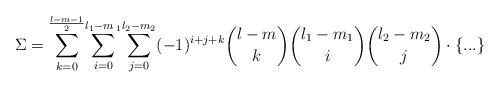
LaTeX: \begin{align*}\Sigma={\displaystyle\sum_{k=0}^{\frac{l-m-1}{2}}}{\displaystyle\sum_{i=0}^{l_{1}-m\,_{1}}}{\displaystyle\sum_{j=0}^{l_{2}-m_{2}}}(-1)^{i+j+k}\binom{l-m}{k}\binom{l_{1}-m_{1}}{i}\binom{l_{2}-m_{2}}{j}\cdot\{...\}\end{align*}